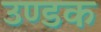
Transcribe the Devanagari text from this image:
उण्डक